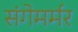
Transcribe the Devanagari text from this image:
संगेमर्मर